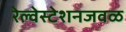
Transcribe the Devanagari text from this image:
रेल्वेस्टेशनजवळ